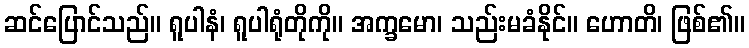
ဆင်ပြောင်သည်။ ရူပါနံ၊ ရူပါရုံတိုကို။ အက္ခမော၊ သည်းမခံနိုင်။ ဟောတိ၊ ဖြစ်၏။